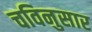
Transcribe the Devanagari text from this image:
चविनुसार